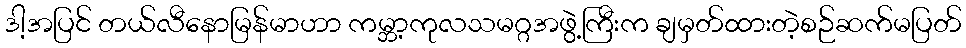
ဒါ့အပြင် တယ်လီနောမြန်မာဟာ ကမ္ဘာ့ကုလသမဂ္ဂအဖွဲ့ကြီးက ချမှတ်ထားတဲ့စဉ်ဆက်မပြတ်